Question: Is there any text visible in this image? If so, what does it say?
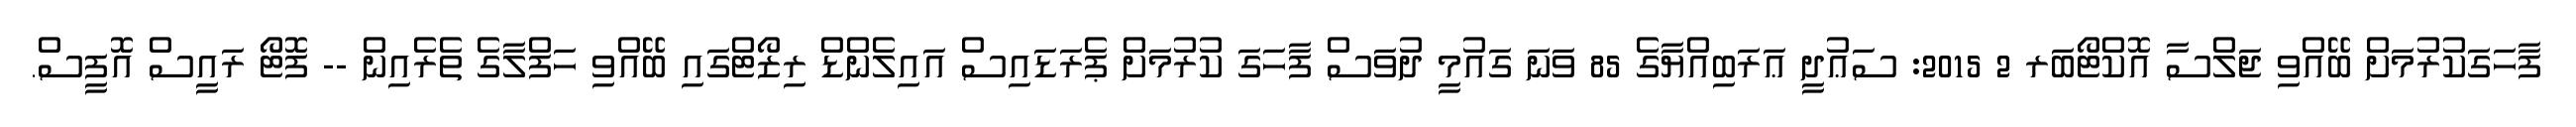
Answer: ފާހަގަކުރުމަށް ބޭއްވި ޖަލްސާ އޮކްޓޯބަރ 2 2015: ސަޢުދީ ޢަރަބިއްޔާގެ 85 ވަނަ ގައުމީ ދުވަސް ފާހަގަ ކުރުމަށް ޕެރަޑައިސް އައިލެންޑް ރިޒޯޓްގައި ބޭއްވި ހަފްލާގެ ތެރެއިން -- ފޮޓޯ ރައީސް އޮފީސް.